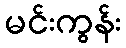
မင်းကွန်း